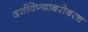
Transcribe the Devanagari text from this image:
दर्शविण्याबरोबरच